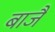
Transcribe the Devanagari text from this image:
बाजै